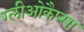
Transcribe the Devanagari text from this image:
ग्लीओकैप्सा